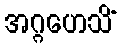
အဂ္ဂဟေသိံ